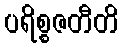
ပရိစ္စဇတီတိ